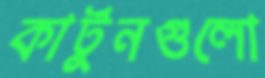
কার্টুনগুলো